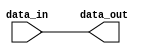
module non_inverting_buffer (
    input wire data_in,
    output wire data_out
);

assign data_out = data_in;

endmodule